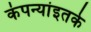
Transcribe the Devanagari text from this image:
कंपन्यांइतके